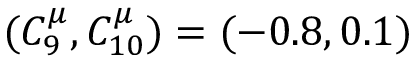
( C _ { 9 } ^ { \mu } , C _ { 1 0 } ^ { \mu } ) = ( - 0 . 8 , 0 . 1 )